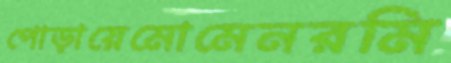
পোড়ায়েমোমেনরমি